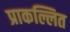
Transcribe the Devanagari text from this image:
प्राकल्लित